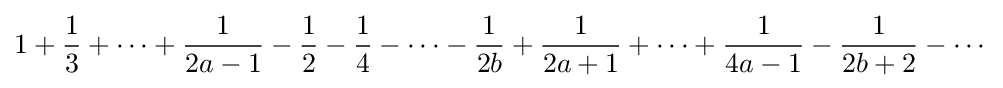
{1}+{1 \over 3}+\cdots +{1 \over 2a-1}-{1 \over 2}-{1 \over 4}-\cdots -{1 \over 2b}+{1 \over 2a+1}+\cdots +{1 \over 4a-1}-{1 \over 2b+2}-\cdots